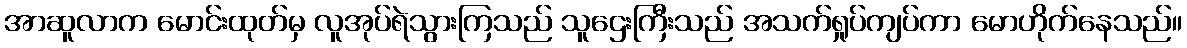
အာဆူလာက မောင်းထုတ်မှ လူအုပ်ရဲသွားကြသည် သူဌေးကြီးသည် အသက်ရှုပ်ကျပ်ကာ မောဟိုက်နေသည်။